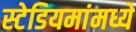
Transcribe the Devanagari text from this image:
स्टेडियमांमध्ये